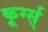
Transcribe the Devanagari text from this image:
कूर्ग्स्